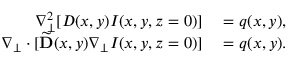
\begin{array} { r l } { \nabla _ { \perp } ^ { 2 } [ D ( x , y ) I ( x , y , z = 0 ) ] } & { { } = q ( x , y ) , } \\ { \nabla _ { \perp } \cdot [ \widetilde { \mathbf { D } } ( x , y ) \nabla _ { \perp } I ( x , y , z = 0 ) ] } & { { } = q ( x , y ) . } \end{array}